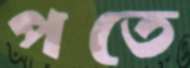
পতে